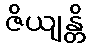
ဇိယျန္တိ